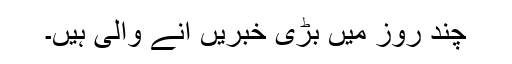
چند روز میں بڑی خبریں آنے والی ہیں۔